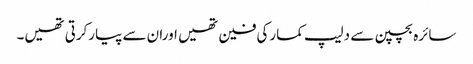
سائرہ بچپن سے دلیپ کمارکی فین تھیں اوران سے پیارکرتی تھیں۔